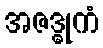
အဇဒ္ဓုကံ